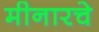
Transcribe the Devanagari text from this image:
मीनारचे